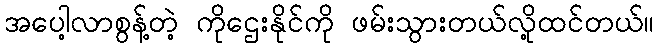
အပေါ့လာစွန့်တဲ့ ကိုဌေးနိုင်ကို ဖမ်းသွားတယ်လို့ထင်တယ်။